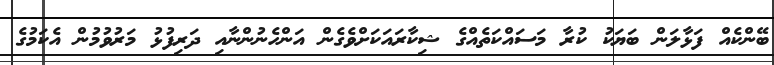
ބޭންކެއް ފަޅާލަން ބަޔަކު ކުރާ މަސައްކަތެއްގެ ޝިކާރައަކަށްވެގެން އަންހެނުންނާއި ދަރިފުޅު މަރުވުމުން އެކަމުގެ